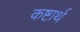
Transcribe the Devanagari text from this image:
कष्टार्थ